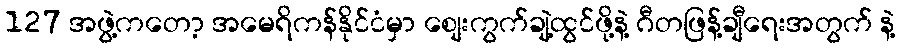
127 အဖွဲ့ကတော့ အမေရိကန်နိုင်ငံမှာ စျေးကွက်ချဲ့ထွင်ဖို့နဲ့ ဂီတဖြန့်ချီရေးအတွက် နဲ့